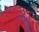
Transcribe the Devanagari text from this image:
उर्दू।